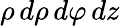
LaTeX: \rho\, d\rho\, d\varphi\, dz